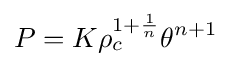
P=K\rho _{c}^{1+{\frac {1}{n}}}\theta ^{n+1}